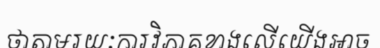
ថាតាមរយៈការវិភាគខាងលើយើងអាច